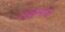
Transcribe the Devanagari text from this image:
घरकुलाची